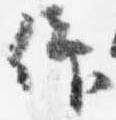
仰